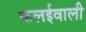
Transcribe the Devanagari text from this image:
कलईवाली